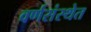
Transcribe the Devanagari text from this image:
वर्णसंस्थेत